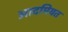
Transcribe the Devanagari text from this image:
आदमियत